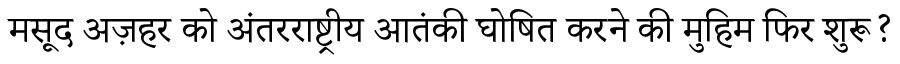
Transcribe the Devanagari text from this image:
मसूद अज़हर को अंतरराष्ट्रीय आतंकी घोषित करने की मुहिम फिर शुरू?